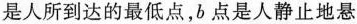
是人所到达的最低点，b点是人静止地悬